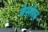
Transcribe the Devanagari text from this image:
वेसोल